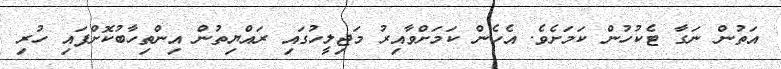
އަތުން ނަގާ ޓެކުހުން ކަމަށެވެ. އެހެން ކަމަށްވާއިރު މަޖިލީހުގައި ރައްޔިތުން އިންތިހާބުކޮށްފައި ހުރި